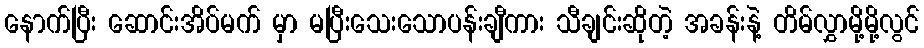
နောက်ပြီး ဆောင်းအိပ်မက် မှာ မပြီးသေးသောပန်းချီကား သီချင်းဆိုတဲ့ အခန်းနဲ့ တိမ်လွှာမို့မို့လွင်